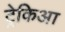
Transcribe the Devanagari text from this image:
ट्रेकिआ